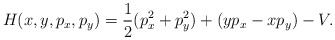
\begin{align*}H(x, y, p_x, p_y)= \frac{1}{2}(p_x^2+ p_y^2)+ (y p_x- x p_y)- V.\end{align*}